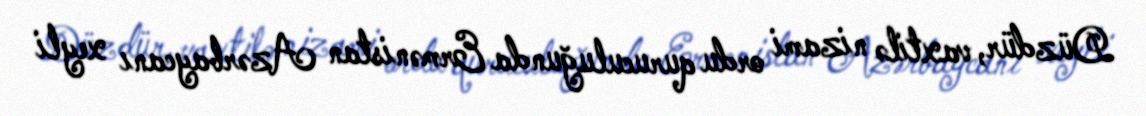
Düzdür, vaxtilə nizami ordu quruculuğunda Ermənistan Azərbaycanı xeyli